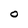
Character: O